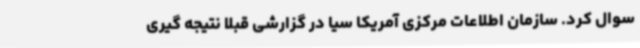
سوال کرد. سازمان اطلاعات مرکزی آمریکا سیا در گزارشی قبلا نتیجه گیری